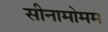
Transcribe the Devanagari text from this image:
सीनामोमम